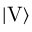
| \mathrm { V } \rangle